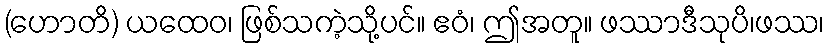
(ဟောတိ) ယထေဝ၊ ဖြစ်သကဲ့သို့ပင်။ ဧဝံ၊ ဤအတူ။ ဖဿာဒီသုပိ၊ဖဿ၊